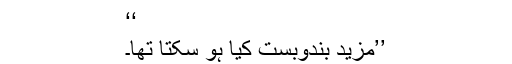
‘‘
’’مزید بندوبست کیا ہو سکتا تھا۔